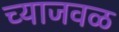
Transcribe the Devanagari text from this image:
च्याजवळ